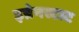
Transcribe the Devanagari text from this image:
इन्नेनस्टाट